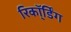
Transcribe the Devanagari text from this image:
रिकॉ्र्डिंग